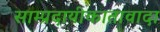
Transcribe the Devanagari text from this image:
साम्प्रदायीकातावादा